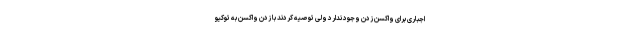
اجباری برای واکسن زدن وجود ندارد ولی توصیه کردند با زدن واکسن به توکیو